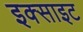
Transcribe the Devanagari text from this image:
इक्साइट